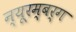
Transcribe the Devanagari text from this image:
न्यूरम्बर्ग